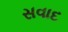
સવાદ